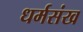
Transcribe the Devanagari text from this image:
धर्मसंख